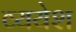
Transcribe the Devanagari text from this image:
व्ययेश